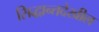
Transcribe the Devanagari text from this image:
सिद्धान्तदेखील